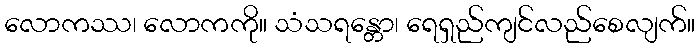
လောကဿ၊ လောကကို။ သံသရန္တော၊ ရေရှည်ကျင်လည်စေလျက်။